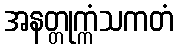
အနတ္တုက္ကံသကတံ